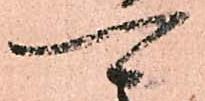
可